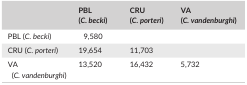
<table><thead><tr><td></td><td><b>PBL (<i>C. becki</i>)</b></td><td><b>CRU (<i>C. porteri</i>)</b></td><td><b>VA (<i>C. vandenburghi</i>)</b></td></tr></thead><tbody><tr><td>PBL (<i>C. becki</i>)</td><td>9,580</td><td></td><td></td></tr><tr><td>CRU (<i>C. porteri</i>)</td><td>19,654</td><td>11,703</td><td></td></tr><tr><td>VA (<i>C. vandenburghi</i>)</td><td>13,520</td><td>16,432</td><td>5,732</td></tr></tbody></table>